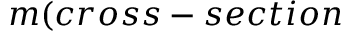
m ( c r o s s - s e c t i o n